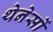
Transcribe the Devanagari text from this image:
थेनेसों